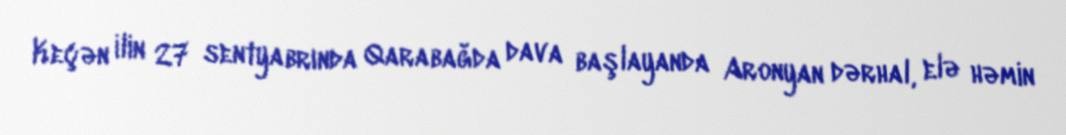
Keçən ilin 27 sentyabrında Qarabağda dava başlayanda Aronyan dərhal, elə həmin